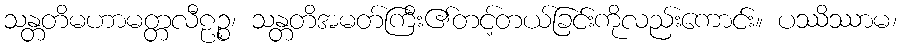
သန္တတိမဟာမတ္တလီဠဉ္စ၊ သန္တတိအမတ်ကြီး၏တင့်တယ်ခြင်းကိုလည်းကောင်း။ ပဿိဿာမ၊